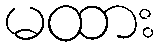
မထား